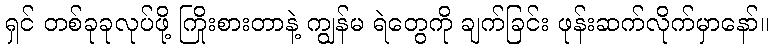
ရှင် တစ်ခုခုလုပ်ဖို့ ကြိုးစားတာနဲ့ ကျွန်မ ရဲတွေကို ချက်ခြင်း ဖုန်းဆက်လိုက်မှာနော်။